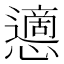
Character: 𢤊